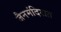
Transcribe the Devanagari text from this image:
जैनमंदिरात